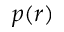
p ( r )